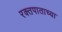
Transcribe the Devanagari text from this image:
रक्तपाताच्या